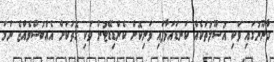
ގާނޫނުގައި ވަކި އުސޫލުތަކެއް ކަނޑައަޅާފައި ވަނިކޮށް ކެންޑިޑޭޓުން ވަކި ގޮތަކަށް އެއްބަސްވެއްޖެ ނަމަ